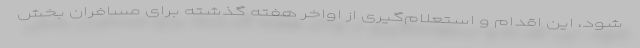
شود، این اقدام و استعلام‌گیری از اواخر هفته گذشته برای مسافران بخش